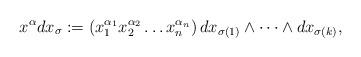
LaTeX: \begin{align*}x^{\alpha}dx_{\sigma}:=\left(x_1^{\alpha_1}x_2^{\alpha_2}\dots x_n^{\alpha_n}\right)dx_{\sigma(1)}\wedge\dots\wedge dx_{\sigma(k)},\end{align*}